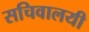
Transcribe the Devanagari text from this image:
सचिवालयी